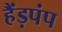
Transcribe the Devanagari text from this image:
हैंड़पंप